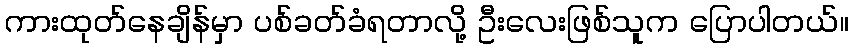
ကားထုတ်နေချိန်မှာ ပစ်ခတ်ခံရတာလို့ ဦးလေးဖြစ်သူက ပြောပါတယ်။